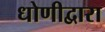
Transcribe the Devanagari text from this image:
धोणीद्वारा